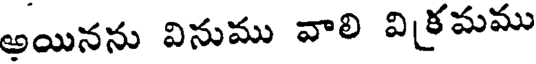
అయినను వినుము వాలి విక్రమము